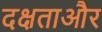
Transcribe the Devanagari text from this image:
दक्षताऔर